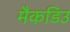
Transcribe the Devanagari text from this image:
मैकडिउ